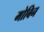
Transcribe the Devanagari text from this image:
मोबिन